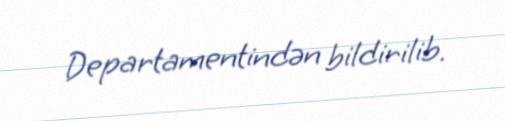
Departamentindən bildirilib.